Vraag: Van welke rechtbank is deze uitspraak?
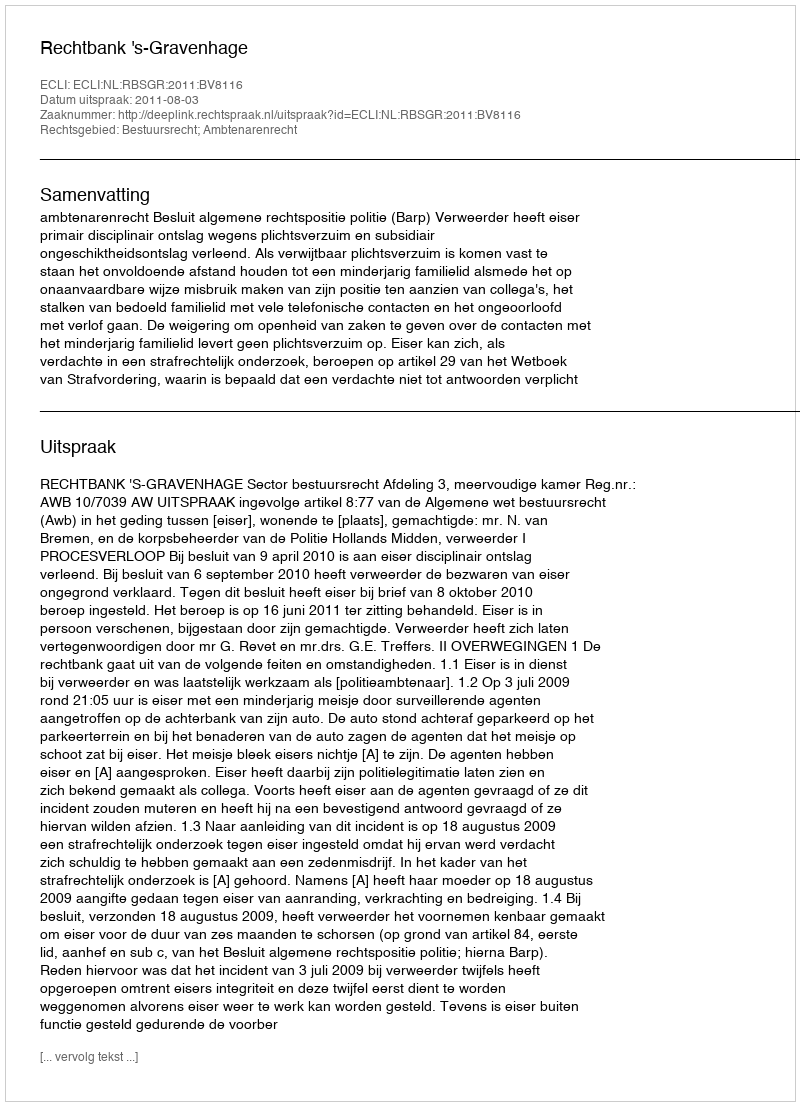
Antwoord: Rechtbank 's-Gravenhage